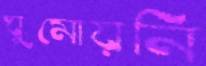
ঘুমোয়নি